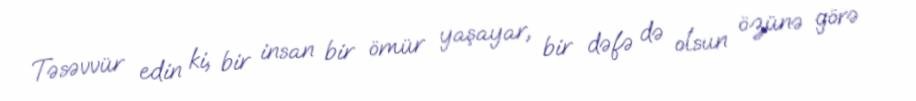
Təsəvvür edin ki, bir insan bir ömür yaşayar, bir dəfə də olsun özünə görə